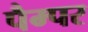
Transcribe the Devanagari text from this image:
पैम्पर